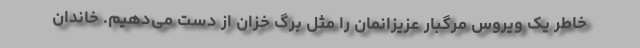
خاطر یک ویروس مرگبار عزیزانمان را مثل برگ خزان از دست می‌دهیم. خاندان